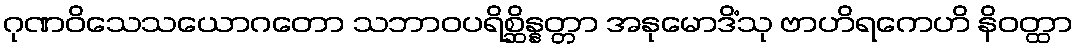
ဂုဏဝိသေသယောဂတော သဘာဝပရိစ္ဆိန္နတ္တာ အနုမောဒိံသု ဗာဟိရကေဟိ နိဝတ္ထာ